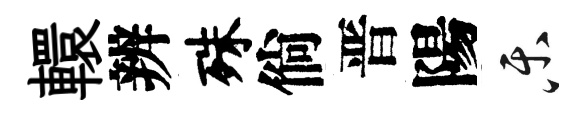
轘辨殊倘晋陽乐